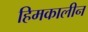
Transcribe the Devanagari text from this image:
हिमकालीन